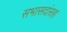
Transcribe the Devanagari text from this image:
सभासदांसह